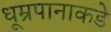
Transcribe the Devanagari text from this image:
धूम्रपानाकडे